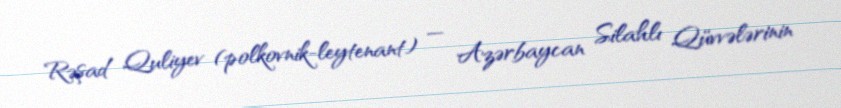
Rəşad Quliyev (polkovnik-leytenant) — Azərbaycan Silahlı Qüvvələrinin